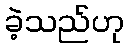
ခဲ့သည်ဟု